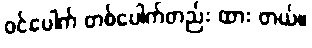
ဝင်ပေါက် တစ်ပေါက်တည်း ထား တယ်။